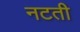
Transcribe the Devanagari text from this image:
नटती